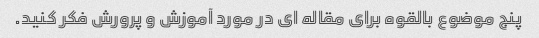
پنج موضوع بالقوه برای مقاله ای در مورد آموزش و پرورش فکر کنید.